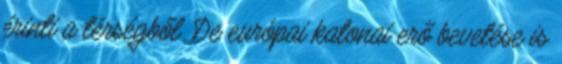
érinti a térségből. De európai katonai erő bevetése is